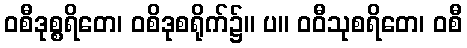
ဝစီဒုစ္စရိတေ၊ ဝစိဒုစရိုက်၌။ ပ။ ဝဝီသုစရိတေ၊ ဝစီ